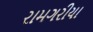
રામગરીયા